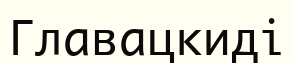
Главацкиді